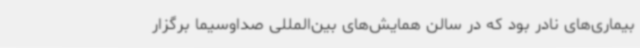
بیماری‌های نادر بود که در سالن همایش‌های بین‌المللی صداوسیما برگزار